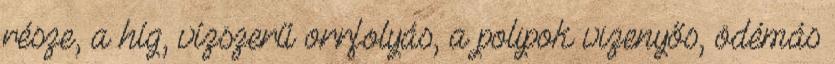
része, a híg, vízszerű orrfolyás, a polipok vizenyős, ödémás